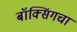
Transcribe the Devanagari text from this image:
बॉक्सिंगचा